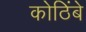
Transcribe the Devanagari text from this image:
कोठिंबे